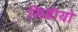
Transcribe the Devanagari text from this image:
सिढीयो